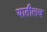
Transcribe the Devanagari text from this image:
यातीलच